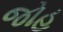
જોહ